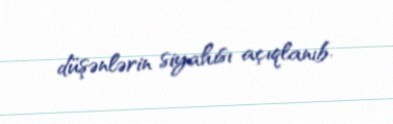
düşənlərin siyahısı açıqlanıb.